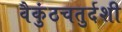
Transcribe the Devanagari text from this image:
वैकुंठचतुर्दशी